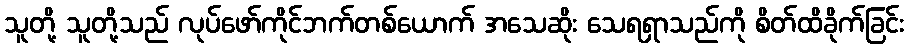
သူတို့ သူတို့သည် လုပ်ဖော်ကိုင်ဘက်တစ်ယောက် အသေဆိုး သေရရှာသည်ကို စိတ်ထိခိုက်ခြင်း